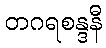
တဂရစန္ဒနီ